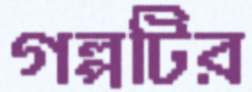
গল্পটির